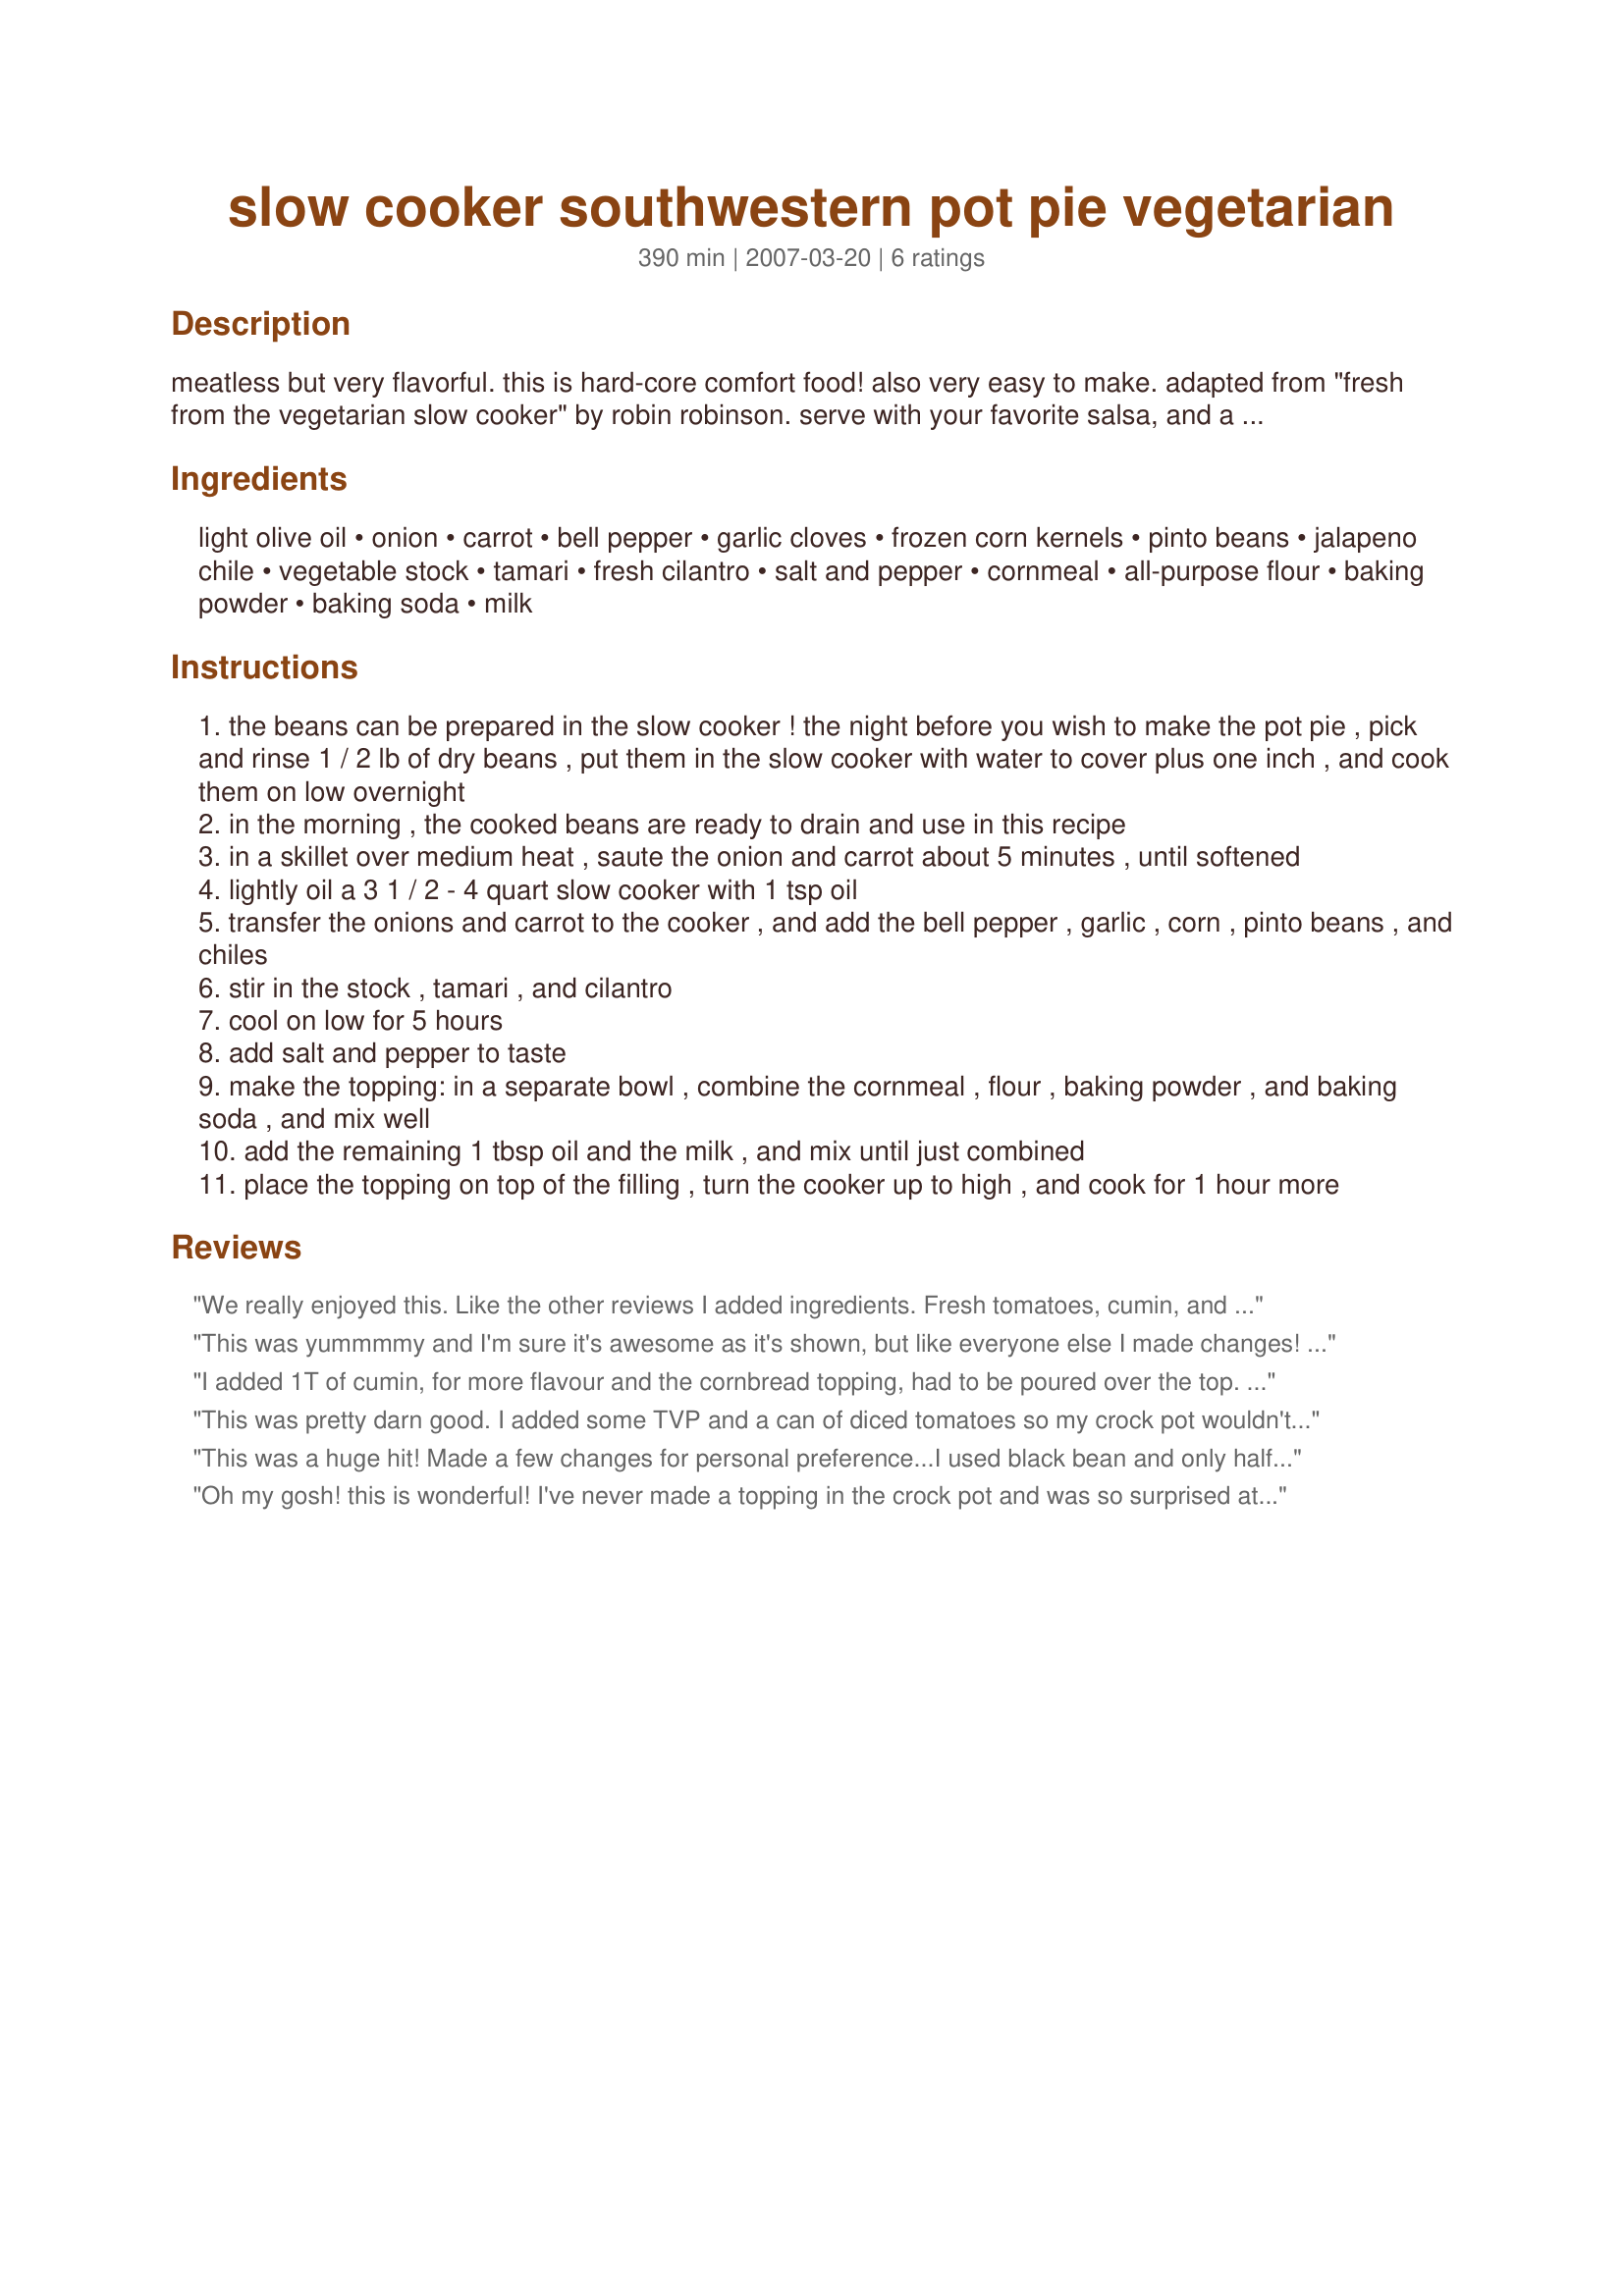
slow cooker southwestern pot pie vegetarian
Preparation time: 390 minutes

meatless but very flavorful. this is hard-core comfort food! also very easy to make. adapted from "fresh from the vegetarian slow cooker" by robin robinson. serve with your favorite salsa, and a dab of sour cream, if you like. like many reviewers, i don't particularly like the topping, so i substitute another cornbread made from another recipe, or from 1 box of jiffy cornbread mix.

Ingredients:
light olive oil, onion, carrot, bell pepper, garlic cloves, frozen corn kernels, pinto beans, jalapeno chile, vegetable stock, tamari, fresh cilantro, salt and pepper, cornmeal, all-purpose flour, baking powder, baking soda, milk

Steps:
the beans can be prepared in the slow cooker ! the night before you wish to make the pot pie , pick and rinse 1 / 2 lb of dry beans , put them in the slow cooker with water to cover plus one inch , and cook them on low overnight
in the morning , the cooked beans are ready to drain and use in this recipe
in a skillet over medium heat , saute the onion and carrot about 5 minutes , until softened
lightly oil a 3 1 / 2 - 4 quart slow cooker with 1 tsp oil
transfer the onions and carrot to the cooker , and add the bell pepper , garlic , corn , pinto beans , and chiles
stir in the stock , tamari , and cilantro
cool on low for 5 hours
add salt and pepper to taste
make the topping: in a separate bowl , combine the cornmeal , flour , baking powder , and baking soda , and mix well
add the remaining 1 tbsp oil and the milk , and mix until just combined
place the topping on top of the filling , turn the cooker up to high , and cook for 1 hour more

Reviews:
We really enjoyed this. Like the other reviews I added ingredients. Fresh tomatoes, cumin, and chili powder. I also added some cilantro and cumin and red pepper flakes to the topping which I doubled since I have a large crock pot. We will be making this again.
This was yummmmy and I'm sure it's awesome as it's shown, but like everyone else I made changes! Since I was making it to have for weekday lunches, I skipped the cornbread topping in case it didn't keep well. I added a couple more carrots, a couple more jalapenos, a can of chopped chilis and a can of diced tomatoes. I divided it out into lunch containers over a bed of rice. Thanks for sharing! i like finding vegetarian crockpot recipes that aren't chili!
I added 1T of cumin, for more flavour and the cornbread topping, had to be poured over the top. My family ate it and liked it. It was our only dish, and we added sour cream and salsa and guacamole. It was really good! Oh, and I omitted the chile as my children don't like things that spicy, so I put in a few shakes of chili powder.
This was pretty darn good. I added some TVP and a can of diced tomatoes so my crock pot wouldn't burn it. The only change I'll make next time is that I'll probably use black beans instead, since I prefer those.
This was a huge hit! Made a few changes for personal preference...I used black bean and only half the amount, used a can of diced green chilies for the jalepeno and, probably, more carrot than the recipe called for because I used baby carrots (and it's hard to convert those!) I also added several dashed of cumin and a layer of shredded sharp cheddar cheese before I added the cornmeal topping. The only part I didn't care for was the topping so next time I'm going to double the mixture, add more cheese and use my favorite cornbread recipe instead of the cornmeal mix. Thanks for a new favorite!!
Oh my gosh! this is wonderful! I've never made a topping in the crock pot and was so surprised at how it turned out. This was good the first night, but the second night it tasted like a tamale!
